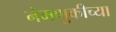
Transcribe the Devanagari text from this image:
नेमणुकीच्या